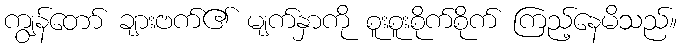
ကျွန်တော် ချားဗက်၏ မျက်နှာကို စူးစူးစိုက်စိုက် ကြည့်နေမိသည်။